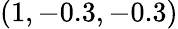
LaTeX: (1,-0.3,-0.3)